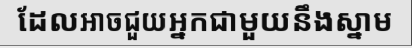
ដែលអាចជួយអ្នកជាមួយនឹងស្នាម